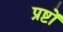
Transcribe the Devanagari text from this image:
प्रष्टों